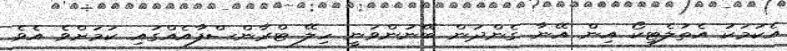
އެކަމަކު އެތުލެޓިކޯ އިން އޭނާ ގެންދަން ބޭނުންވަނީ ހިލޭ ޓްރާންސްފާއެއްގައި ކަމަށްވެ އެވެ.